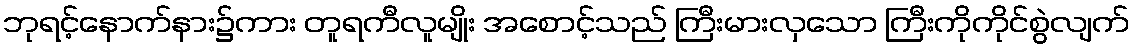
ဘုရင့်နောက်နား၌ကား တူရကီလူမျိုး အစောင့်သည် ကြီးမားလှသော ကြီးကိုကိုင်စွဲလျက်